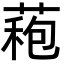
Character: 𮐠